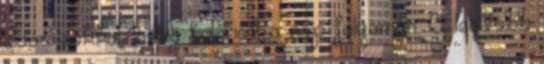
olvad sokkal több kalóriát a nap folyamán. A legtöbb